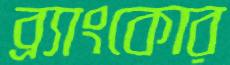
ব্র্যাংকোর